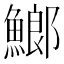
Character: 䱶